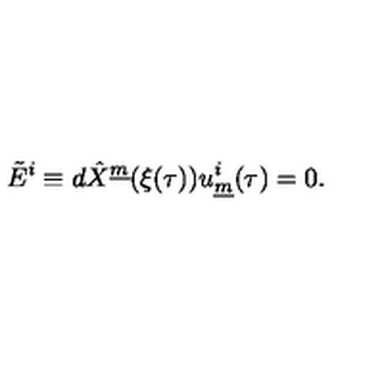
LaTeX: \tilde { E } ^ { i } \equiv d \hat { X } ^ { \underline { { m } } } ( \xi ( \tau ) ) u _ { \underline { { m } } } ^ { i } ( \tau ) = 0 . \qquad